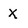
Character: X